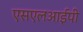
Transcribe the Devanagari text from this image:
एसएलआईपी